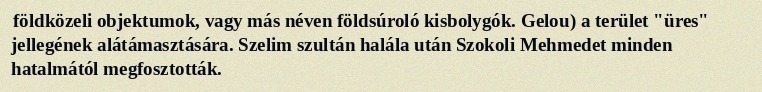
földközeli objektumok, vagy más néven földsúroló kisbolygók. Gelou) a terület "üres" jellegének alátámasztására. Szelim szultán halála után Szokoli Mehmedet minden hatalmától megfosztották.